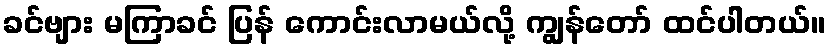
ခင်ဗျား မကြာခင် ပြန် ကောင်းလာမယ်လို့ ကျွန်တော် ထင်ပါတယ်။